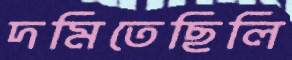
দমিতেছিলি